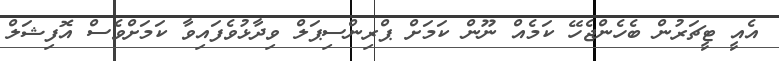
އެއީ ޓީޗަރުން ބެހެންޖެހޭ ކަމެއް ނޫން ކަމަށް ޕްރިންސިޕަލް ވިދާޅުވެފައިވާ ކަމަށްވެސް އޮފިޝަލް